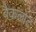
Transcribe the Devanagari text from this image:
बैकलोट